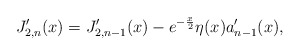
\begin{align*}J_{2,n}^{\prime}(x)=J_{2,n-1}^{\prime}(x)-e^{-\frac{x}{2}}\eta(x)a_{n-1}^{\prime}(x), \end{align*}